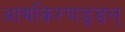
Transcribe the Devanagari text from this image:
आद्यकिरणङ्ङल्